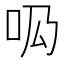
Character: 𠯷